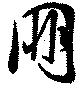
朋